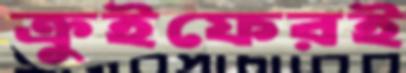
ক্রুইফেরই